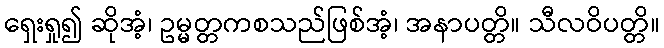
ရှေးရှု၍ ဆိုအံ့၊ ဥမ္မတ္တကစသည်ဖြစ်အံ့၊ အနာပတ္တိ။ သီလဝိပတ္တိ။